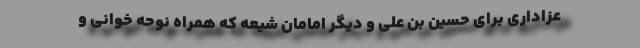
عزاداری برای حسین بن علی و دیگر امامان شیعه که همراه نوحه خوانی و